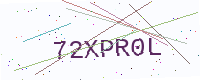
Text: 72XPR0L